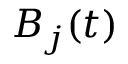
B _ { j } ( t )